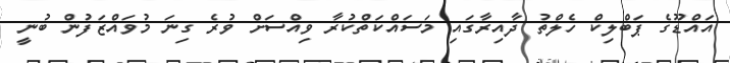
އައްޑޫގެ ޕަބްލިކް ހެލްތު ދާއިރާގައި މަސައްކަތްކުރާ ވިއްސަށް ވުރެ ގިނަ މުވައްޒަފުން ބުނީ